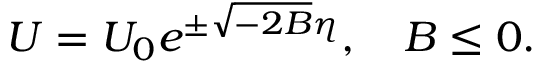
U = U _ { 0 } e ^ { \pm \sqrt { - 2 B } \eta } , \quad B \le 0 .